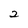
Character: 2